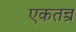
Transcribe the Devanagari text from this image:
एकतन्त्र